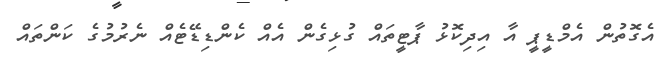
އެގޮތުން އެމްޑީޕީ އާ އިދިކޮޅު ޕާޓީތައް ގުޅިގެން އެއް ކެންޑިޑޭޓެއް ނެރުމުގެ ކަންތައް